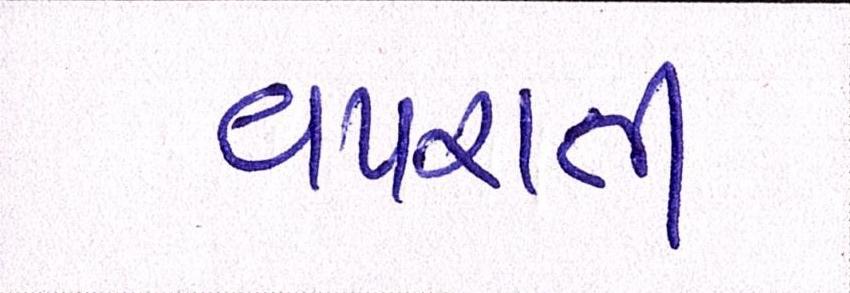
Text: વપરાતી